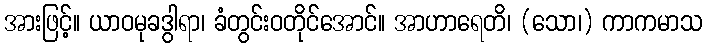
အားဖြင့်။ ယာဝမုခဒွါရာ၊ ခံတွင်းဝတိုင်အောင်။ အာဟာရေတိ၊ (သော၊) ကာကမာသ